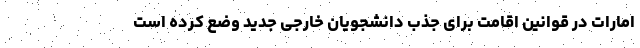
امارات در قوانین اقامت برای جذب دانشجویان خارجی جدید وضع کرده است